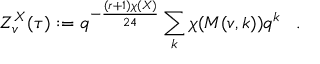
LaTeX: Z _ { v } ^ { X } ( \tau ) : = q ^ { - { \frac { ( r + 1 ) \chi ( X ) } { 2 4 } } } \sum _ { k } \chi ( { \cal M } ( v , k ) ) q ^ { k } \; \; \; .